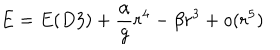
E = E ( D 3 ) + \frac { \alpha } { g } r ^ { 4 } - \beta r ^ { 3 } + o ( r ^ { 5 } )